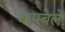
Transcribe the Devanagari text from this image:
काम्बले